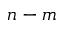
n - m